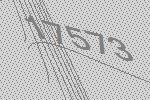
17573